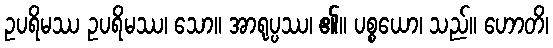
ဥပရိမဿ ဥပရိမဿ၊ သော။ အာရုပ္ပဿ၊ ၏။ ပစ္စယော၊ သည်။ ဟောတိ၊